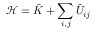
\mathcal { H } = \hat { K } + \sum _ { i , j } \hat { U } _ { i j }